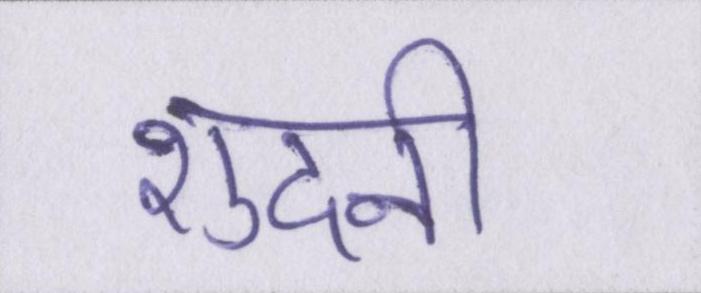
शुदनी